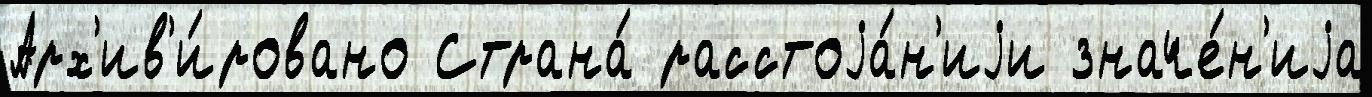
Арх'ив'и́ровано Страна́ расстоjа́н'иjи значе́н'иjа